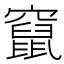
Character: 竄